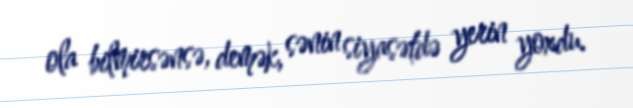
ola bilmirsənsə, demək, sənin siyasətdə yerin yoxdu.